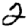
Digit: 2